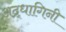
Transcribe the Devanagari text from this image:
अद्र्धागिनी